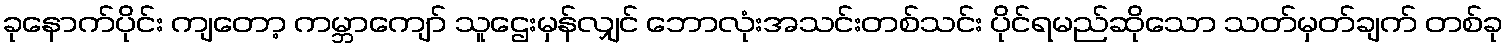
ခုနောက်ပိုင်း ကျတော့ ကမ္ဘာကျော် သူဌေးမှန်လျှင် ဘောလုံးအသင်းတစ်သင်း ပိုင်ရမည်ဆိုသော သတ်မှတ်ချက် တစ်ခု